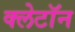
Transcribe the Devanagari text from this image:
क्लेटॉन